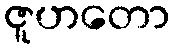
ဇူဟတော